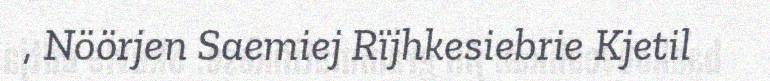
, Nöörjen Saemiej Rïjhkesiebrie Kjetil